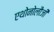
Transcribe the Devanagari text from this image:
एथोनोलौजी